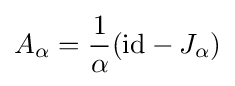
A_{\alpha }={\frac {1}{\alpha }}(\mathrm {id} -J_{\alpha })